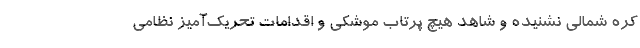
کره شمالی نشنیده‌ و شاهد هیچ پرتاب موشکی و اقدامات تحریک‌آمیز نظامی